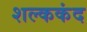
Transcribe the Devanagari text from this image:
शल्ककंद